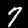
Digit: 7